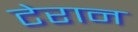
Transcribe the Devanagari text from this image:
टेरान